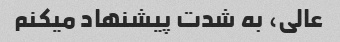
عالی، به شدت پیشنهاد میکنم